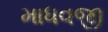
માધવજી